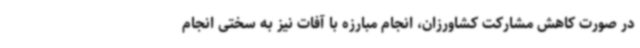
در صورت کاهش مشارکت کشاورزان، انجام مبارزه با آفات نیز به سختی انجام